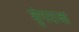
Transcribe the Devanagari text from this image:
शुंगराजा